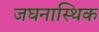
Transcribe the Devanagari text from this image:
जघनास्थिक